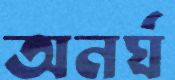
অনর্ঘ